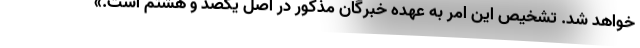
خواهد شد. تشخیص این امر به عهده خبرگان مذکور در اصل یکصد و هشتم است.»